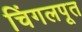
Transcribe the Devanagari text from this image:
चिंगलपूत